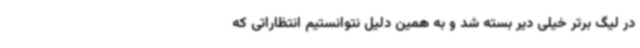
در لیگ برتر خیلی دیر بسته شد و به همین دلیل نتوانستیم انتظاراتی که